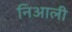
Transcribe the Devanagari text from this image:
निआली